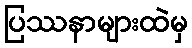
ပြဿနာများထဲမှ